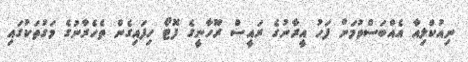
ނިއުކްލިއާ އެއްބަސްވުމަށް ފަހު އީރާނުގެ ރައީސް ރޫހާނީގެ ފޮޓޯ ހިފައިގެން ތެހެރާނުގެ މަގުތަކުގައި